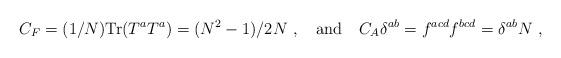
LaTeX: \begin{align*}C_F= (1/N) {\rm Tr} (T^a T^a)= (N^2-1)/2N\ , \quad {\rm and}\quad C_A \delta^{ab} = f^{acd}f^{bcd}= \delta^{ab} N \ , \end{align*}